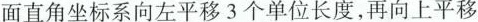
面直角坐标系向左平移3个单位长度，再向上平移